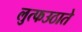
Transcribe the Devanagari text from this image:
लुत्फउठाते